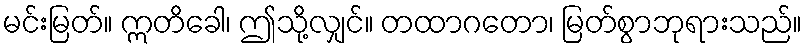
မင်းမြတ်။ ဣတိခေါ၊ ဤသို့လျှင်။ တထာဂတော၊ မြတ်စွာဘုရားသည်။